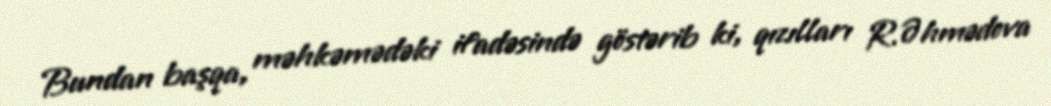
Bundan başqa, məhkəmədəki ifadəsində göstərib ki, qızılları R.Əhmədova